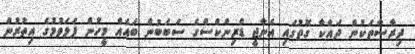
ދިރާސާތަކުން ދައްކާ ގޮތުގައި އެނާޖީ ޑްރިންކްސްގެ ސަބަބުން ބައެއް މީހުން ފަލަވުމުގެ އިތުރުން